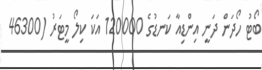
ބޯޓު ހޯދަން ދަނީ އިންޑިއާ ކަނޑުގެ 120000 އަކަ ކިލޯ މީޓަރު (46300